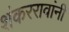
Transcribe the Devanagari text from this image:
शंकररावांनीं